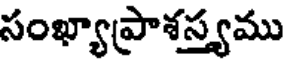
సంఖ్యాప్రాశస్త్యము